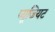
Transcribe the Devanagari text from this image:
प्यूजियट